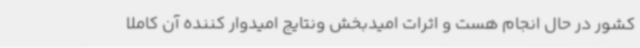
کشور در حال انجام هست و اثرات امیدبخش ونتایج امیدوار کننده آن کاملا